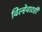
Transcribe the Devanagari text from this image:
विल्हेवाटही